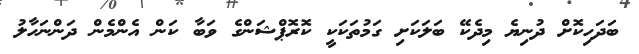
ބަދަހިކޮށް ދުނިޔެ މިދެކޭ ބަލަކަށި ގަމުތަކަކީ ކޮރޮޕްޝަންގެ ވަބާ ކަން އެންމެން ދަންނަހާލު